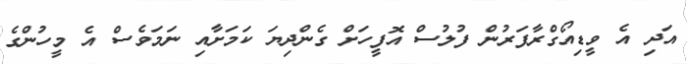
އަދި އެ ވީޑިއޯގްރާފަރުން ފުލުސް އޮފީހަށް ގެންދިޔަ ކަމަށާއި ނަމަވެސް އެ މީހުންގެ